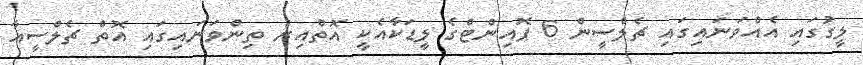
ލީގުގައި އެއްވަނައިގައި ޗެލްސީން 6 ޕޮއިންޓްގެ ލީޑަކާއެކީ އޮތްއިރު ތިންވަނައިގައި އޮތް ޗެލްސީއާ